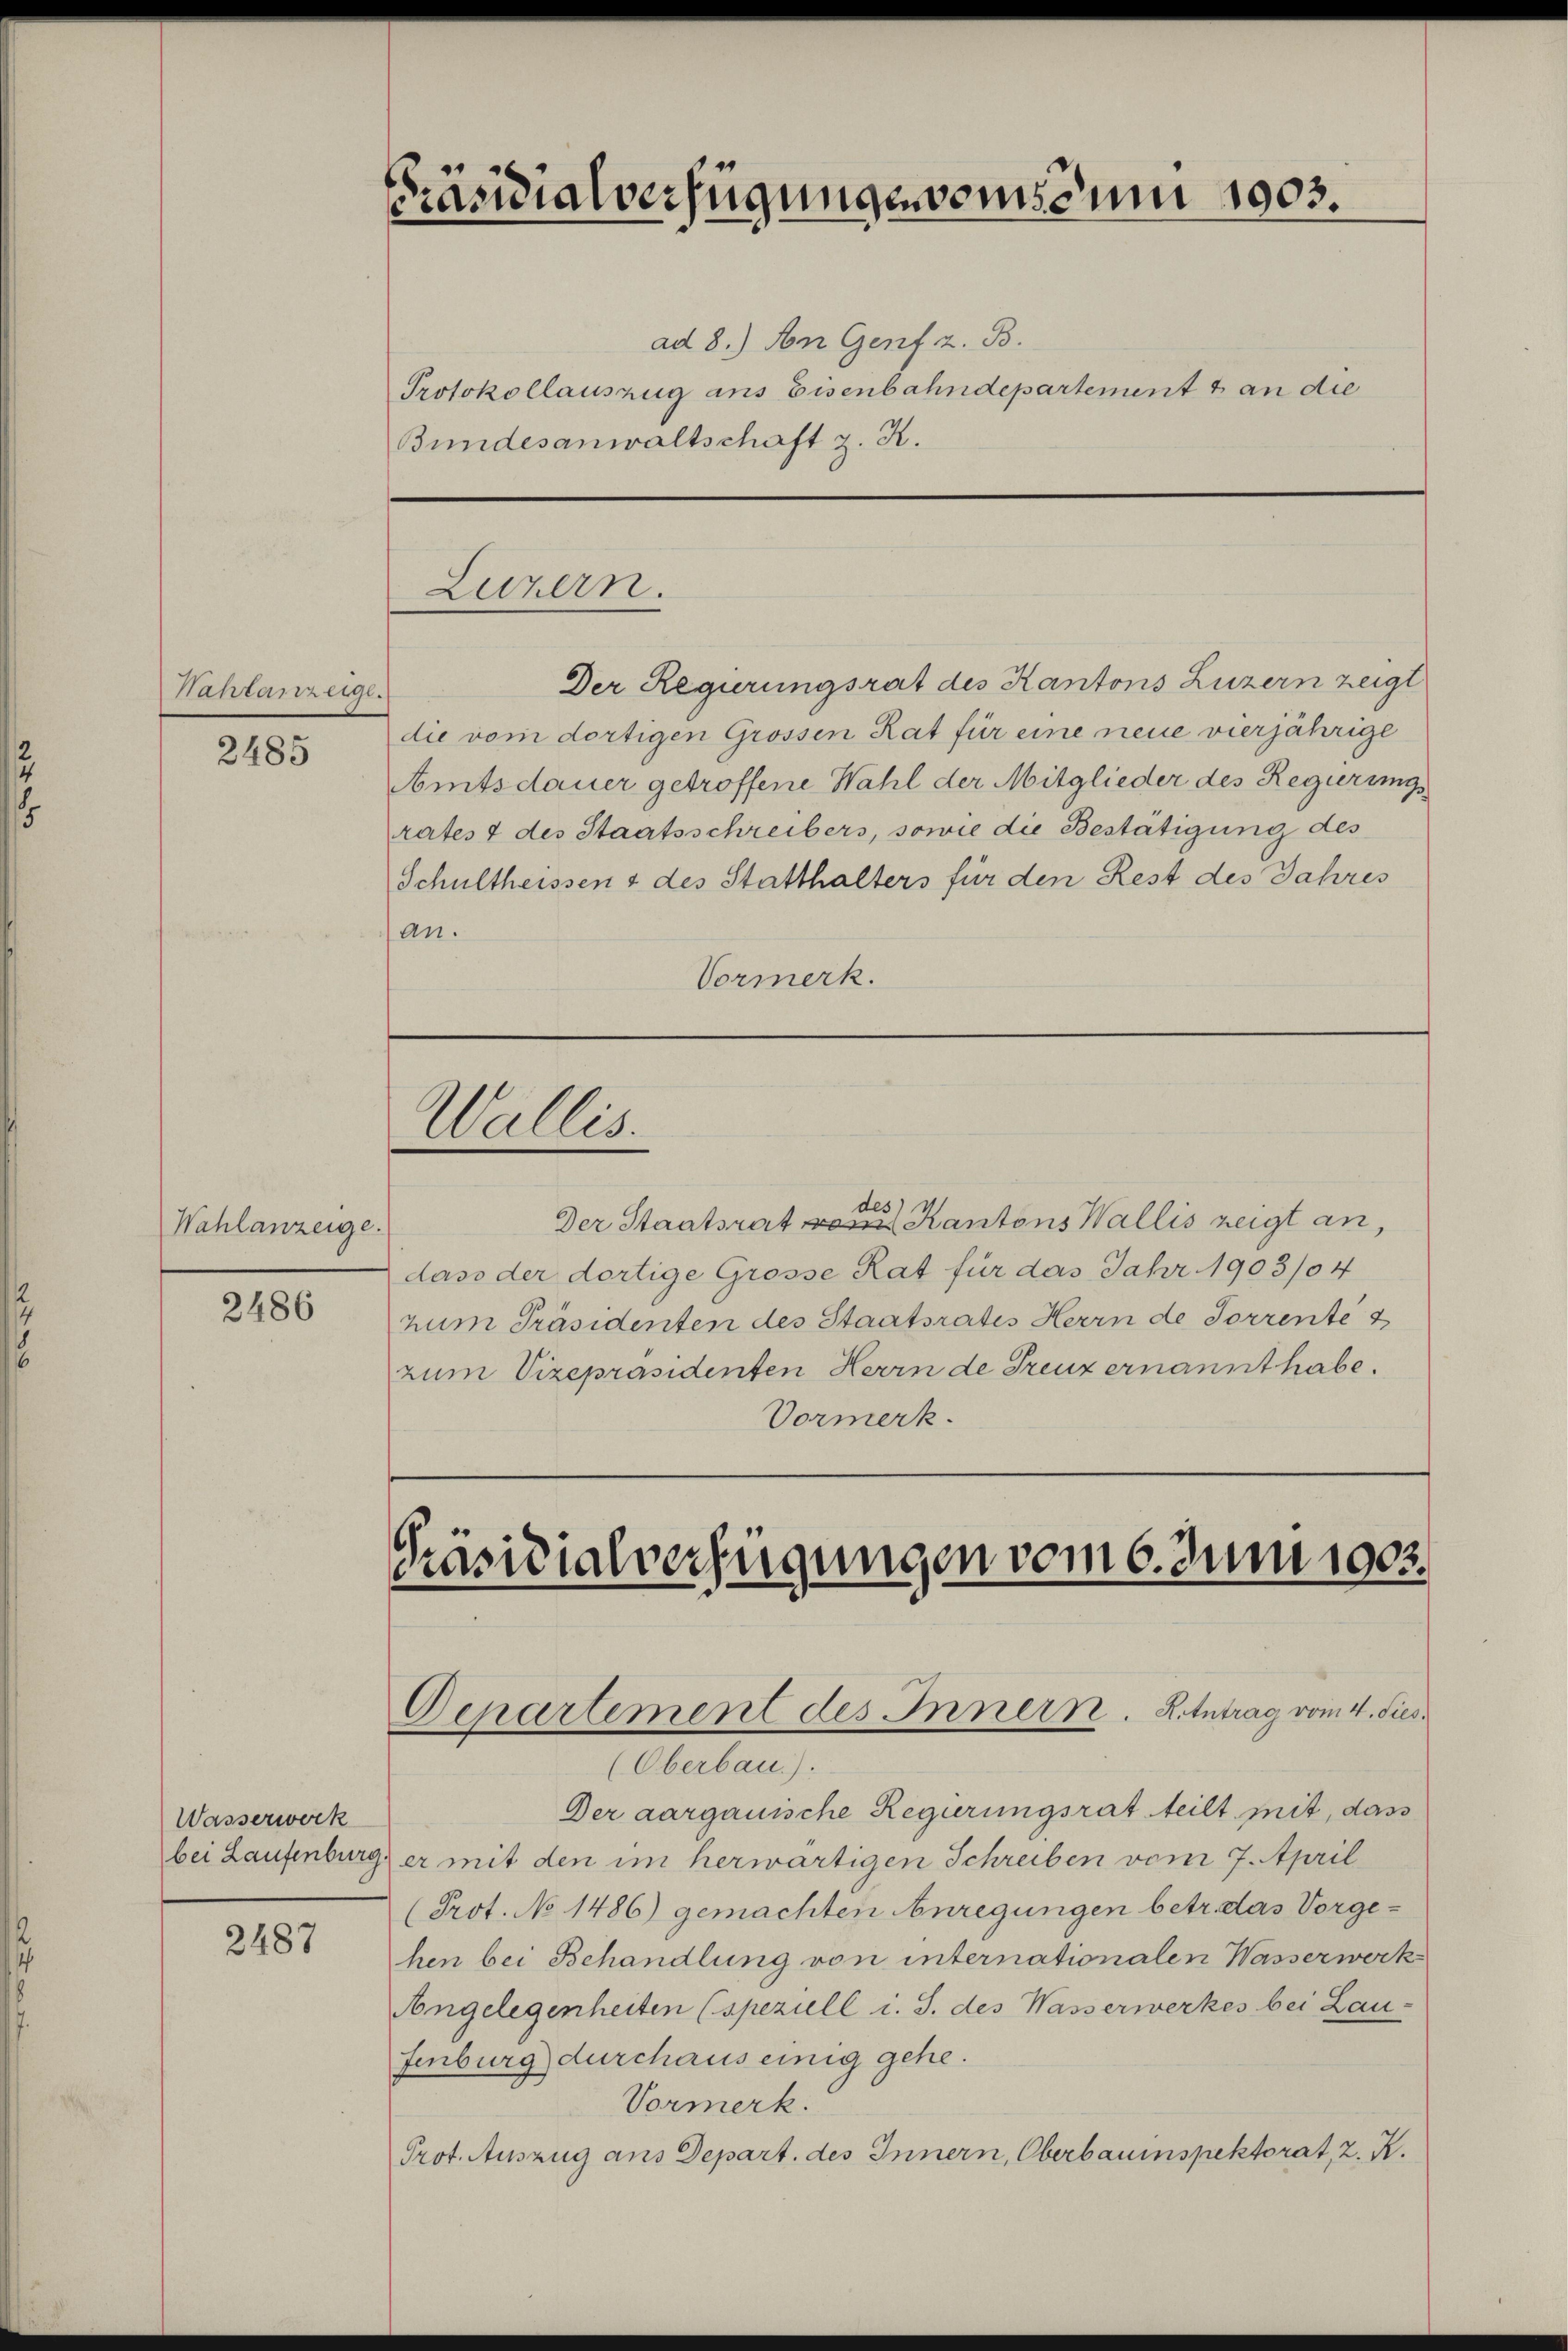
Hahlanzeige.

2485

Wahlanzeige.

2486

Wasserwerk
bei Laufenburg.

2487

Präsidialverfügungenoms cum 1903.

Luzern.

Wallis.

ad 8.) An Genf z. B.
Protokollauszug ans Eisenbahndepartement & an die
Bundesanwaltschaft z. K.

Der Regierungsrat des Kantons Luzern zeigt
die vom dortigen Grossen Rat für eine neue vierjährige
Amtsdauer getroffene Wahl der Mitglieder des Regierungs
rates 4 des Staatsschreibers, sowie die Bestätigung des
Schultheissen & des Statthalters für den Rest des Jahres
an.
Vormerk.

d
Der Staatsrat Kantons Wallis zeigt an,
dass der dortige Grosse Rat für das Jahr 1903/04
zum Präsidenten des Staatsrates Herrn de Sorrente s
zum Vizepräsidenten Herrn de Greuz ernannt habe.
Vormerk.

Präsidialverfügungen vom 6. Juni 1903

Departement des Innern. K. Antrag vom 4. Sies.
(Oberbau).

Der aargauische Regierungsrat teilt mit, dass
er mit den im herwärtigen Schreiben vom 7. April
(Prot. No 1486) gemachten Anregungen betr. das Vorgehen bei Behandlung von internationalen Wasserwerk
Angelegenheiten (speziell i. S. des Wasserwerkes bei Lau-
fenburg durchaus einig gehe.
Vormerk.
Prot. Auszug aus Depart. des Innern, Oberbauinspektorat, z. R.